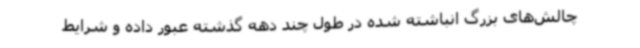
چالش‌های بزرگ انباشته شده در طول چند دهه گذشته عبور داده و شرایط